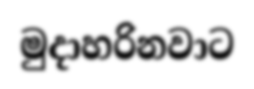
මුදාහරිනවාට